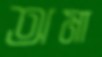
অমা